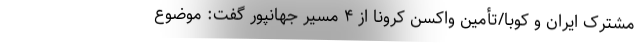
مشترک ایران و کوبا/تأمین واکسن کرونا از ۴ مسیر جهانپور گفت: موضوع